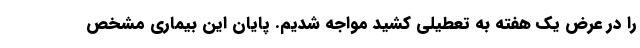
را در عرض یک هفته به تعطیلی کشید مواجه شدیم. پایان این بیماری مشخص